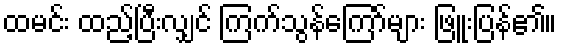
ထမင်း ထည့်ပြီးလျှင် ကြက်သွန်ကြော်များ ဖြူးပြန်၏။